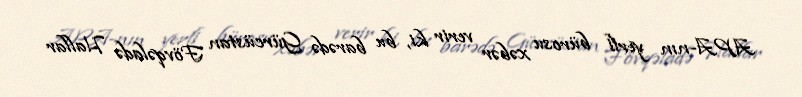
APA-nın yerli bürosu xəbər verir ki, bu barədə Gürcüstan Fövqəladə Hallar